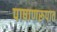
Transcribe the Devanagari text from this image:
पाषाणरूपात